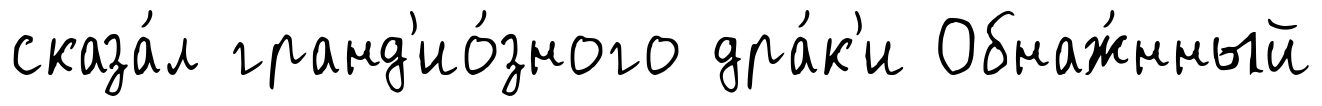
сказа́л гранд'ио́зного дра́к'и Обнаж́нный